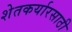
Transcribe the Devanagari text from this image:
शेतकर्यारसाठी